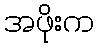
အဖိုးက